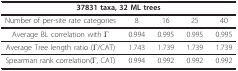
| <COLSPAN=5> 37831 taxa, 32 ML trees |
 | --- | --- | --- | --- | --- |
 | Number of per-site rate categories | 8 | 16 | 25 | 40 |
 | Average BL correlation with Γ | 0.994 | 0.995 | 0.995 | 0.995 |
 | Average Tree length ratio (Γ/CAT) | 1.743 | 1.739 | 1.739 | 1.739 |
 | Spearman rank correlation(Γ, CAT) | 0.994 | 0.992 | 0.992 | 0.992 |